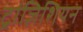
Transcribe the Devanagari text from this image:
ट्रांज़िशियन